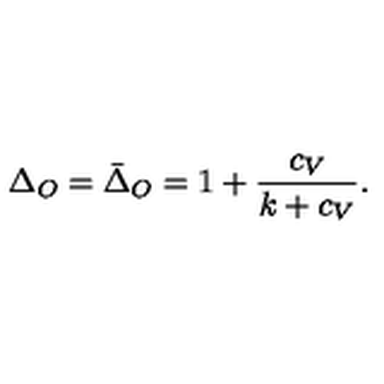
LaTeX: \Delta _ { O } = \bar { \Delta } _ { O } = 1 + { \frac { c _ { V } } { k + c _ { V } } } .